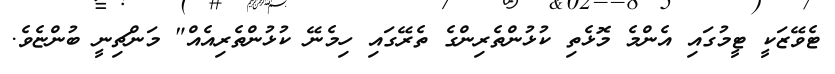
ޓެވޭޒަކީ ޓީމުގައި އެންމެ މޮޅެތި ކުޅުންތެރިންގެ ތެރޭގައި ހިމެނޭ ކުޅުންތެރިއެއް" މަންޗިނީ ބުންޏެވެ.